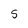
Character: S